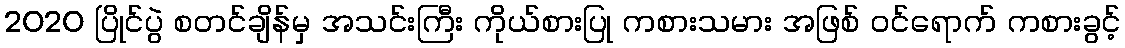
2020 ပြိုင်ပွဲ စတင်ချိန်မှ အသင်းကြီး ကိုယ်စားပြု ကစားသမား အဖြစ် ဝင်ရောက် ကစားခွင့်